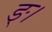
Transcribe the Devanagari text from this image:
ङ्।